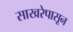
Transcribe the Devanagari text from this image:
साखरेपासून